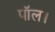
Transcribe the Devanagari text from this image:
पॉल।